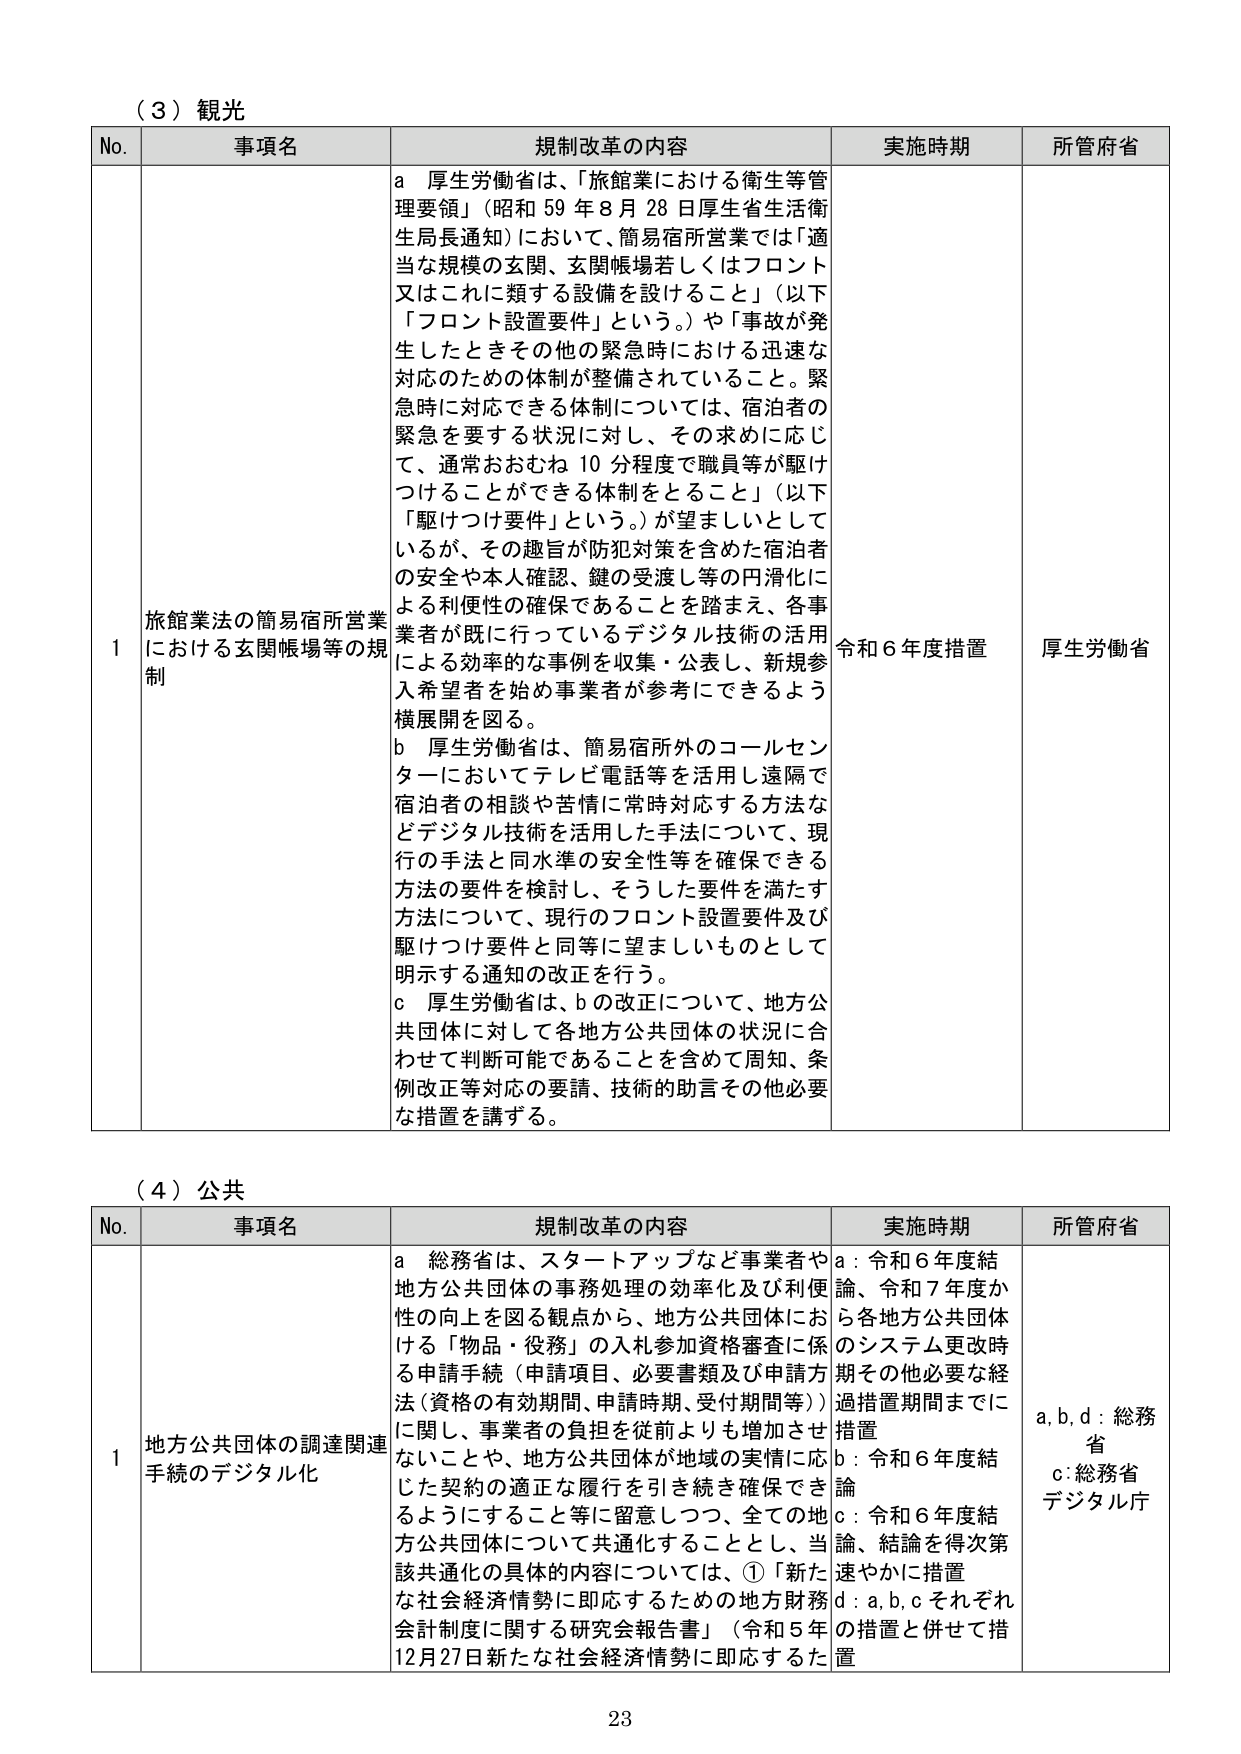
（３）観光

No. 事項名 規制改革の内容 実施時期 所管府省

1 旅館業法の簡易宿所営業における玄関帳場等の規制
a 厚生労働省は、「旅館業における衛生等管理要領」（昭和59年8月28日厚生省生活衛生局長通知）において、簡易宿所営業では「適当な規模の玄関、玄関帳場若しくはフロント又はこれに類する設備を設けること」（以下「フロント設置要件」という。）や「事故が発生したときその他の緊急時における迅速な対応のための体制が整備されていること。緊急時に対応できる体制については、宿泊者の緊急を要する状況に対し、その求めに応じて、通常おおむね10分程度で職員等が駆けつけることができる体制をとること」（以下「駆けつけ要件」という。）が望ましいとしているが、その趣旨が防犯対策を含めた宿泊者の安全や本人確認、鍵の受渡し等の円滑化による利便性の確保であることを踏まえ、各事業者が既に行っているデジタル技術の活用による効率的な事例を収集・公表し、新規参入希望者を始め事業者が参考にできるよう横展開を図る。
b 厚生労働省は、簡易宿所外のコールセンターにおいてテレビ電話等を活用し遠隔で宿泊者の相談や苦情に常時対応する方法などデジタル技術を活用した手法について、現行の手法と同水準の安全性等を確保できる方法の要件を検討し、そうした要件を満たす方法について、現行のフロント設置要件及び駆けつけ要件と同等に望ましいものとして明示する通知の改正を行う。
c 厚生労働省は、bの改正について、地方公共団体に対して各地方公共団体の状況に合わせて判断可能であることを含めて周知、条例改正等対応の要請、技術的助言その他必要な措置を講ずる。
令和6年度措置 厚生労働省

（４）公共

No. 事項名 規制改革の内容 実施時期 所管府省

1 地方公共団体の調達関連手続のデジタル化
a 総務省は、スタートアップなど事業者や地方公共団体の事務処理の効率化及び利便性の向上を図る観点から、地方公共団体における「物品・役務」の入札参加資格審査に係る申請手続（申請項目、必要書類及び申請方法（資格の有効期間、申請時期、受付期間等））に関して、事業者の負担を従前よりも増加させないことや、地方公共団体が地域の実情に応じた契約の適正な履行を引き続き確保できるようにすること等に留意しつつ、全ての地方公共団体について共通化することとし、当該共通化の具体的な内容については、①「新たな社会経済情勢に即応するための地方財務会計制度に関する研究会報告書」（令和5年12月27日新たな社会経済情勢に即応するた
a：令和6年度結論、令和7年度から各地方公共団体のシステム更改時期その他必要な経過措置期間までに措置
b：令和6年度結論
c：令和6年度結論、結論を得次第速やかに措置
d：a,b,cそれぞれの措置と併せて措置
a,b,d：総務省
c：総務省デジタル庁

23